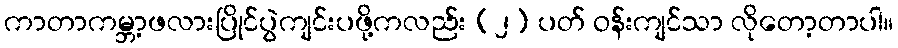
ကာတာကမ္ဘာ့ဖလားပြိုင်ပွဲကျင်းပဖို့ကလည်း (၂) ပတ် ဝန်းကျင်သာ လိုတော့တာပါ။